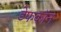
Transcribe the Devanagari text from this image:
डेफकॉन